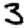
Digit: 3